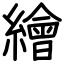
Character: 繪